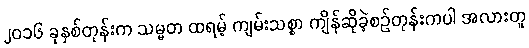
၂၀၁၆ ခုနှစ်တုန်းက သမ္မတ ထရမ့် ကျမ်းသစ္စာ ကျိန်ဆိုခဲ့စဉ်တုန်းကပါ အလားတူ